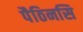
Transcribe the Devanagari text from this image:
पैठिनसि